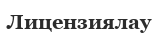
Лицензиялау